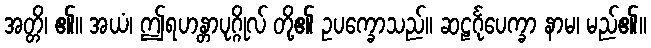
အတ္တိ၊ ၏။ အယံ၊ ဤရဟန္တာပုဂ္ဂိုလ် တို့၏ ဥပက္ခောသည်။ ဆဠင်္ဂုပေက္ခာ နာမ၊ မည်၏။